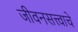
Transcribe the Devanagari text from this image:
जीवनसत्त्वाचे